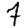
Digit: 7